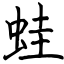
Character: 蛙